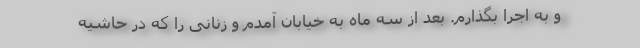
و به اجرا بگذارم. بعد از سه ماه به خیابان آمدم و زنانی را که در حاشیه